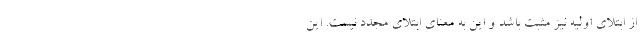
از ابتلای اولیه نیز مثبت باشد و این به معنای ابتلای مجدد نیست. این